Vaccination United Provinces of Agra and Oudh 1923-1928 - 1923-1928
Year: 1923
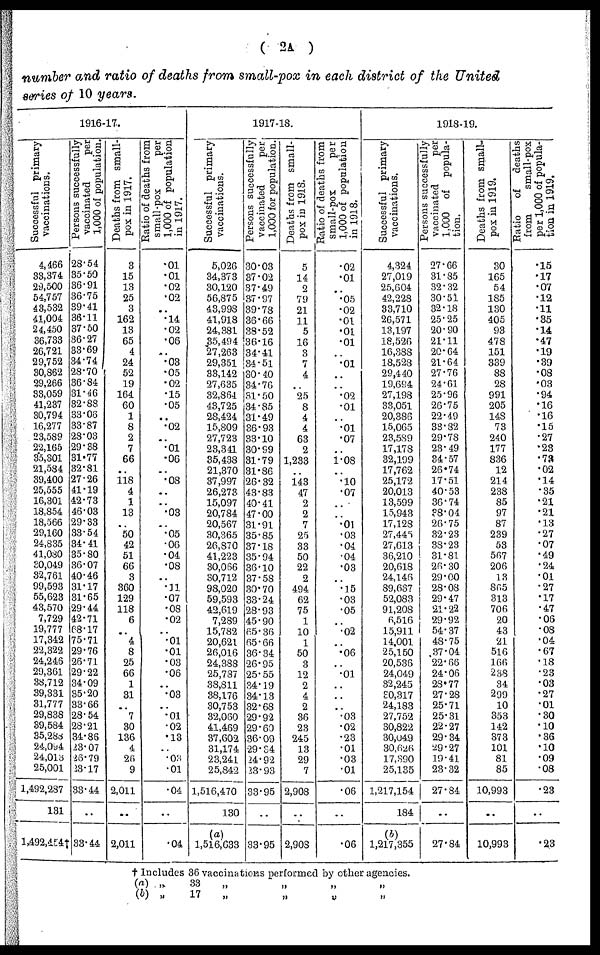
( 2A )
number and ratio of deaths from small-pox in each district of the United
series of 10 years.
1916-17.
Successful primary
vaccinations.
4,466
33,374
29,500
54,757
43,532
41,004
24,450
36,733
26,721
29,752
30,862
29,266
33,059
41,237
30,794
16,277
23,589
22,165
35,301
21,584
39,400
25,555
16,301
18,854
18,566
29,160
24,835
41,080
30,049
32,761
99,593
55,623
43,570
7,729
19,777
17,342
22,322
24,246
29,361
38,712
39,331
31,777
29,838
39,584
35,288
24,094
24,013
25,001
1,492,287
131
1,492,454†
Persons successfully
vaccinated
per
1,000 of population.
28.54
35.50
36.91
36.75
39.41
36.11
37.50
36.27
33.69
34.74
28.70
36.84
31.46
32.88
33.06
33.87
28.03
29.38
31.77
32.81
27.26
41.19
42.73
46.03
29.33
33.54
34.41
35.80
36.07
40.46
31.17
31.65
29.44
42.71
68.17
75.71
29.76
26.71
29.22
34.09
35.20
33.66
28.54
28.21
34.86
23.07
26.79
23.17
33.44
..
33.44
Deaths from small-
pox in 1917.
3
15
13
25
3
162
13
65
4
24
52
19
164
60
1
8
2
7
66
..
118
4
1
13
..
50
42
51
66
3
360
129
118
6
..
4
8
25
66
1
31
..
7
30
136
4
26
9
2,011
..
2,011
Ratio of deaths from
small-pox
per
1,000 of population
in 1917.
.01
.01
.02
.02
..
.14
.02
.06
..
.03
.05
.02
.15
.05
..
.02
..
.01
.06
..
.08
..
..
.03
..
.05
.06
.04
.08
..
.11 .07
.08
.02
..
.01
.01
.03
.06
..
.03
..
.01
.02
.13
..
.03
.01
.04
..
.04
1917-18.
Successful primary
vaccinations.
5,026
34,373
30,120
56,875
43,998
41,918
24,381
35,494
27,263
29,351
33,142
27,635
32,864
43,725
28,424
15,809
27,723
23,341
35,438
21,370
37,997
26,273
15,097
20,784
20,567
30,365
26,870
41,223
30,066
30,712
98,020
59,593
42,619
7,289
15,782
20,621
26,016
24,388
25,787
38,811
38,176
30,753
32,060
41,469
37,602
31,174
23,241
25,842
1,516,470
130
(a)
1,516,633
Persons successfully
vaccinated
per
1,000 for population.
30.03
37.02
37.49
37.97
39.78
36.66
38.52
36.16
34.41
34.51
30.40
34.76
31.50
34.85
31.49
36.93
33.10
30.99
31.79
31.86
26.32
43.83
40.41
47.00
31.91
35.85
37.18
35.94
36.10
37.58
30.70
33.24
28.93
45.90
65.36
65.66
36.34
26.95
25.55
34.19
34.13
32.68
29.92
29.60
36.09
29.34
24.92
23.93
33.95
..
33.95
Deaths from small-
pox in 1918.
5
14
2
79
21
11
5
16
3
7
4
..
25
8
4
4
63
2
1,233
..
143
47
2
2
7
25
33
50
22
2
494
62
75
1
10
1
50
3
12
2
4
2
36
23
245
13
29
7
2,908
..
2,908
Ratio of deaths from
small-pox
per
1,000 of population
in 1918.
.02
.01
..
.05
.02
.01
.01
.01
..
.01
..
..
.02
.01
..
.01
.07
..
1.08
..
.10
.07
..
..
.01
.03
.04
.04
.03
..
.15
.03
.05
..
.02
..
.06
..
.01
..
..
..
.03
.02
.23
.01
.03
.01
.06
..
.06
1918-19.
Successful primary
vaccinations.
4,324
27,019
25,604
42,228
33,710
26,571
13,197
18,526
16,388
18,528
29,440
19,694
27,198
33,051
20,386
15,065
23,589
17,178
32,199
17,762
25,172
20,013
13,599
15,943
17,128
27,445
27,613
36,210
20,618
24,146
89,637
52,083
91,208
6,516
15,911
14,001
25,150
20,536
24,049
32,245
30,317
24,183
27,752
30,822
30,049
30,626
17,390
25,135
1,217,154
184
(b)
1,217,355
Persons successfully
vaccinated
per
1,000 of popula-
tion.
27.66
31.85
32.32
30.51
32.18
25.25
20.90
21.11
20.64
21.64
27.76
24.61
25.96
26.75
22.49
38.82
29.78
23.49
34.57
26.74
17.51
40.53
36.74
38.04
26.75
32.23
38.23
31.81
26.30
29.00
28.08
29.47
21.22
29.92
54.37
48.75
37.04
22.66
24.06
28.77
27.28
25.71
25.31
22.27
29.34
29.27
19.41
23.32
27.84
..
27.84
Deaths from small-
pox in 1919.
30
165
54
185
130
405
93
478
151
339
88
28
991
205
148
73
240
177
836
12
214
238
85
97
87
239
53
567
206
13
865
313
706
20
43
21
516
166
238
34
299
10
353
142
373
101
81
85
10,993
..
10,993
Ratio
of
deaths
from
small-pox
per 1,000 of popula-
tion in 1919.
.15
.17
.07
.12
.11
.35
.14 .47
.19
.39
.08
.03
.94
.16
.16
.15
.27
.23
.73
.02
.14
.35
.21
.21
.13
.27
.07
.49
.24
.01
.27
.17
.47
.06
.08
.04
.67
.18
.23
.03
.27
.01
.30
.10
.36
.10
.09
.08
.23
..
.23
† Includes 36 vaccinations performed by other agencies.
(a) „
33
„
„
„
„
(b) „
17
„
„
„ „